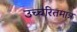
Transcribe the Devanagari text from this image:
उच्चरितमात्र